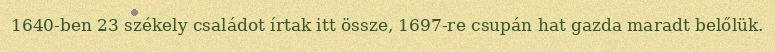
1640-ben 23 székely családot írtak itt össze, 1697-re csupán hat gazda maradt belőlük.